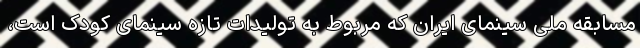
مسابقه ملی سینمای ایران که مربوط به تولیدات تازه سینمای کودک است،